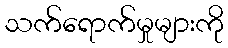
သက်ရောက်မှုများကို